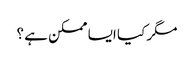
مگر کیا ایسا ممکن ہے ؟